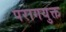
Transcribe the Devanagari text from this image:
परागयुक्त